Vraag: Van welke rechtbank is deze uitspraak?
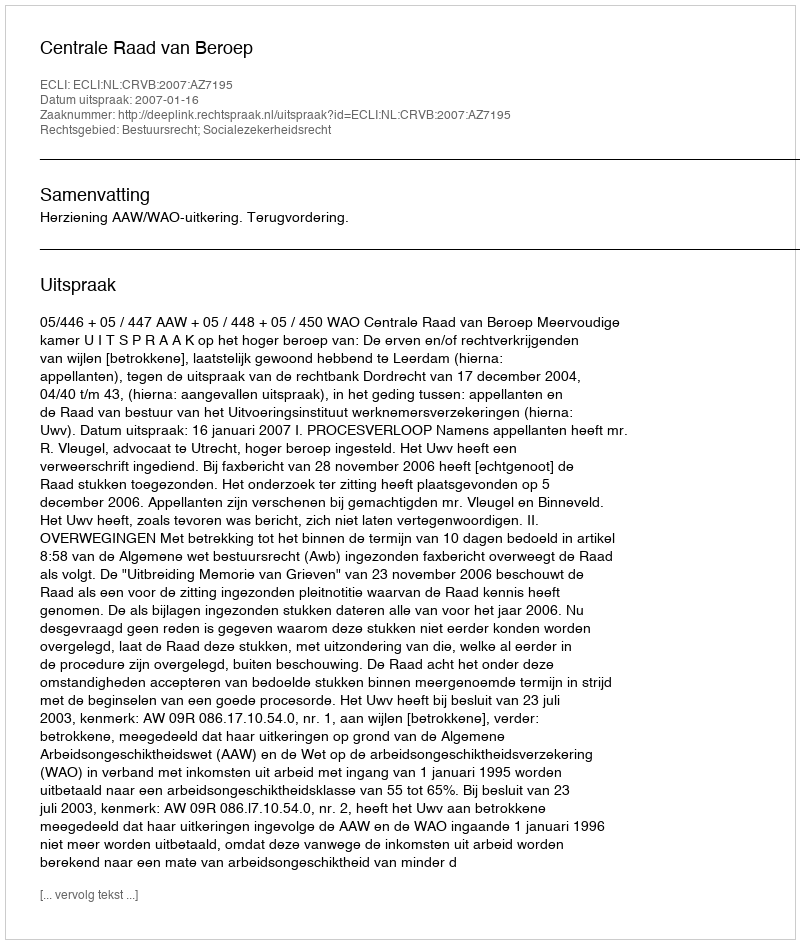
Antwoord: Centrale Raad van Beroep